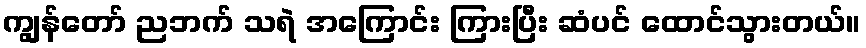
ကျွန်တော် ညဘက် သရဲ အကြောင်း ကြားပြီး ဆံပင် ထောင်သွားတယ်။